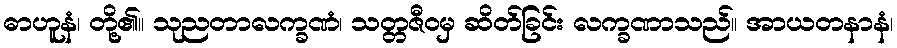
ဓာဟူနံ၊ တို့၏။ သုညတာလက္ခဏံ၊ သတ္တဇီဝမှ ဆိတ်ခြင်း လက္ခဏာသည်။ အာယတနာနံ၊